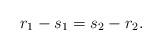
LaTeX: \begin{align*} r_1-s_1 = s_2-r_2.\end{align*}